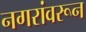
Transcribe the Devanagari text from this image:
नगरांवरून